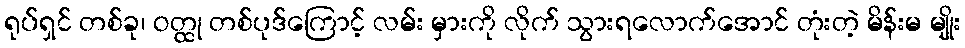
ရုပ်ရှင် တစ်ခု၊ ဝတ္ထု တစ်ပုဒ်ကြောင့် လမ်း မှားကို လိုက် သွားရလောက်အောင် တုံးတဲ့ မိန်းမ မျိုး